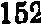
152